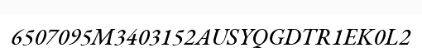
6507095M3403152AUSYQGDTR1EK0L2